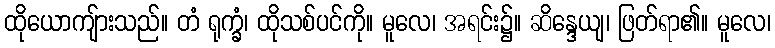
ထိုယောကျ်ားသည်။ တံ ရုက္ခံ၊ ထိုသစ်ပင်ကို။ မူလေ၊ အရင်း၌။ ဆိန္ဒေယျ၊ ဖြတ်ရာ၏။ မူလေ၊